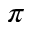
\pi